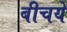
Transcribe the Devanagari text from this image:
बीचये